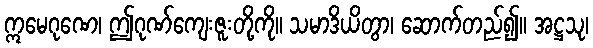
ဣမေဂုဏေ၊ ဤဂုဏ်ကျေးဇူးတို့ကို။ သမာဒိယိတွာ၊ ဆောက်တည်၍။ အဋ္ဌသု၊